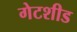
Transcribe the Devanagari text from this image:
गेटशीड